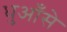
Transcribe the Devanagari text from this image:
धुआँसे